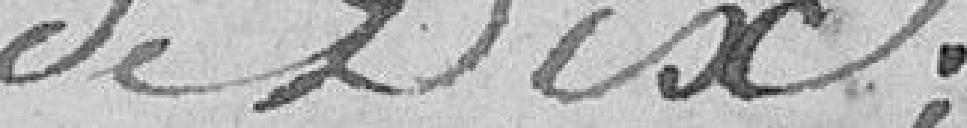
de dix ;